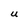
Character: U